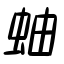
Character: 蚰